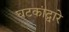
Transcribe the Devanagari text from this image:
घटकांद्वारे